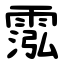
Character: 霐